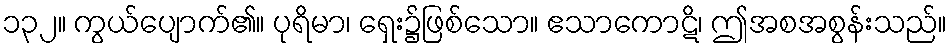
၁၃၂။ ကွယ်ပျောက်၏။ ပုရိမာ၊ ရှေး၌ဖြစ်သော။ ဧသာကောဋိ၊ ဤအစအစွန်းသည်။